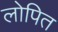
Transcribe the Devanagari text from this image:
लोपित